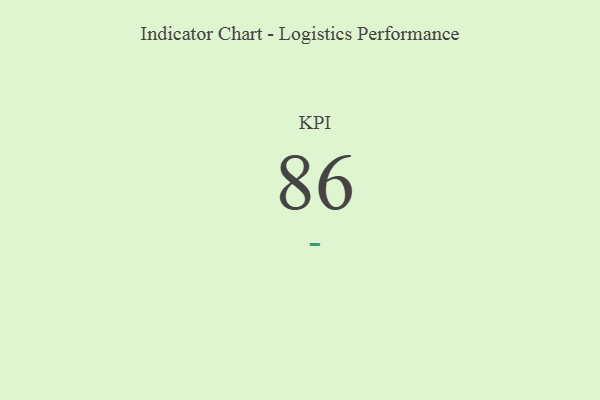
{"axis": {"x": "KPI", "y": "Value"}, "legend": [""], "data": [{"x": "KPI", "y": 86, "type": ""}]}